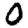
Digit: 0